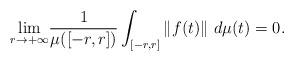
LaTeX: \begin{align*}\underset{r\rightarrow+\infty}{\lim}\frac{1}{\mu([-r,r])}\int_{[-r,r]}\left\Vert f(t)\right\Vert \,d\mu(t)=0 .\end{align*}